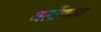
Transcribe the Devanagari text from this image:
अलोंगपाया